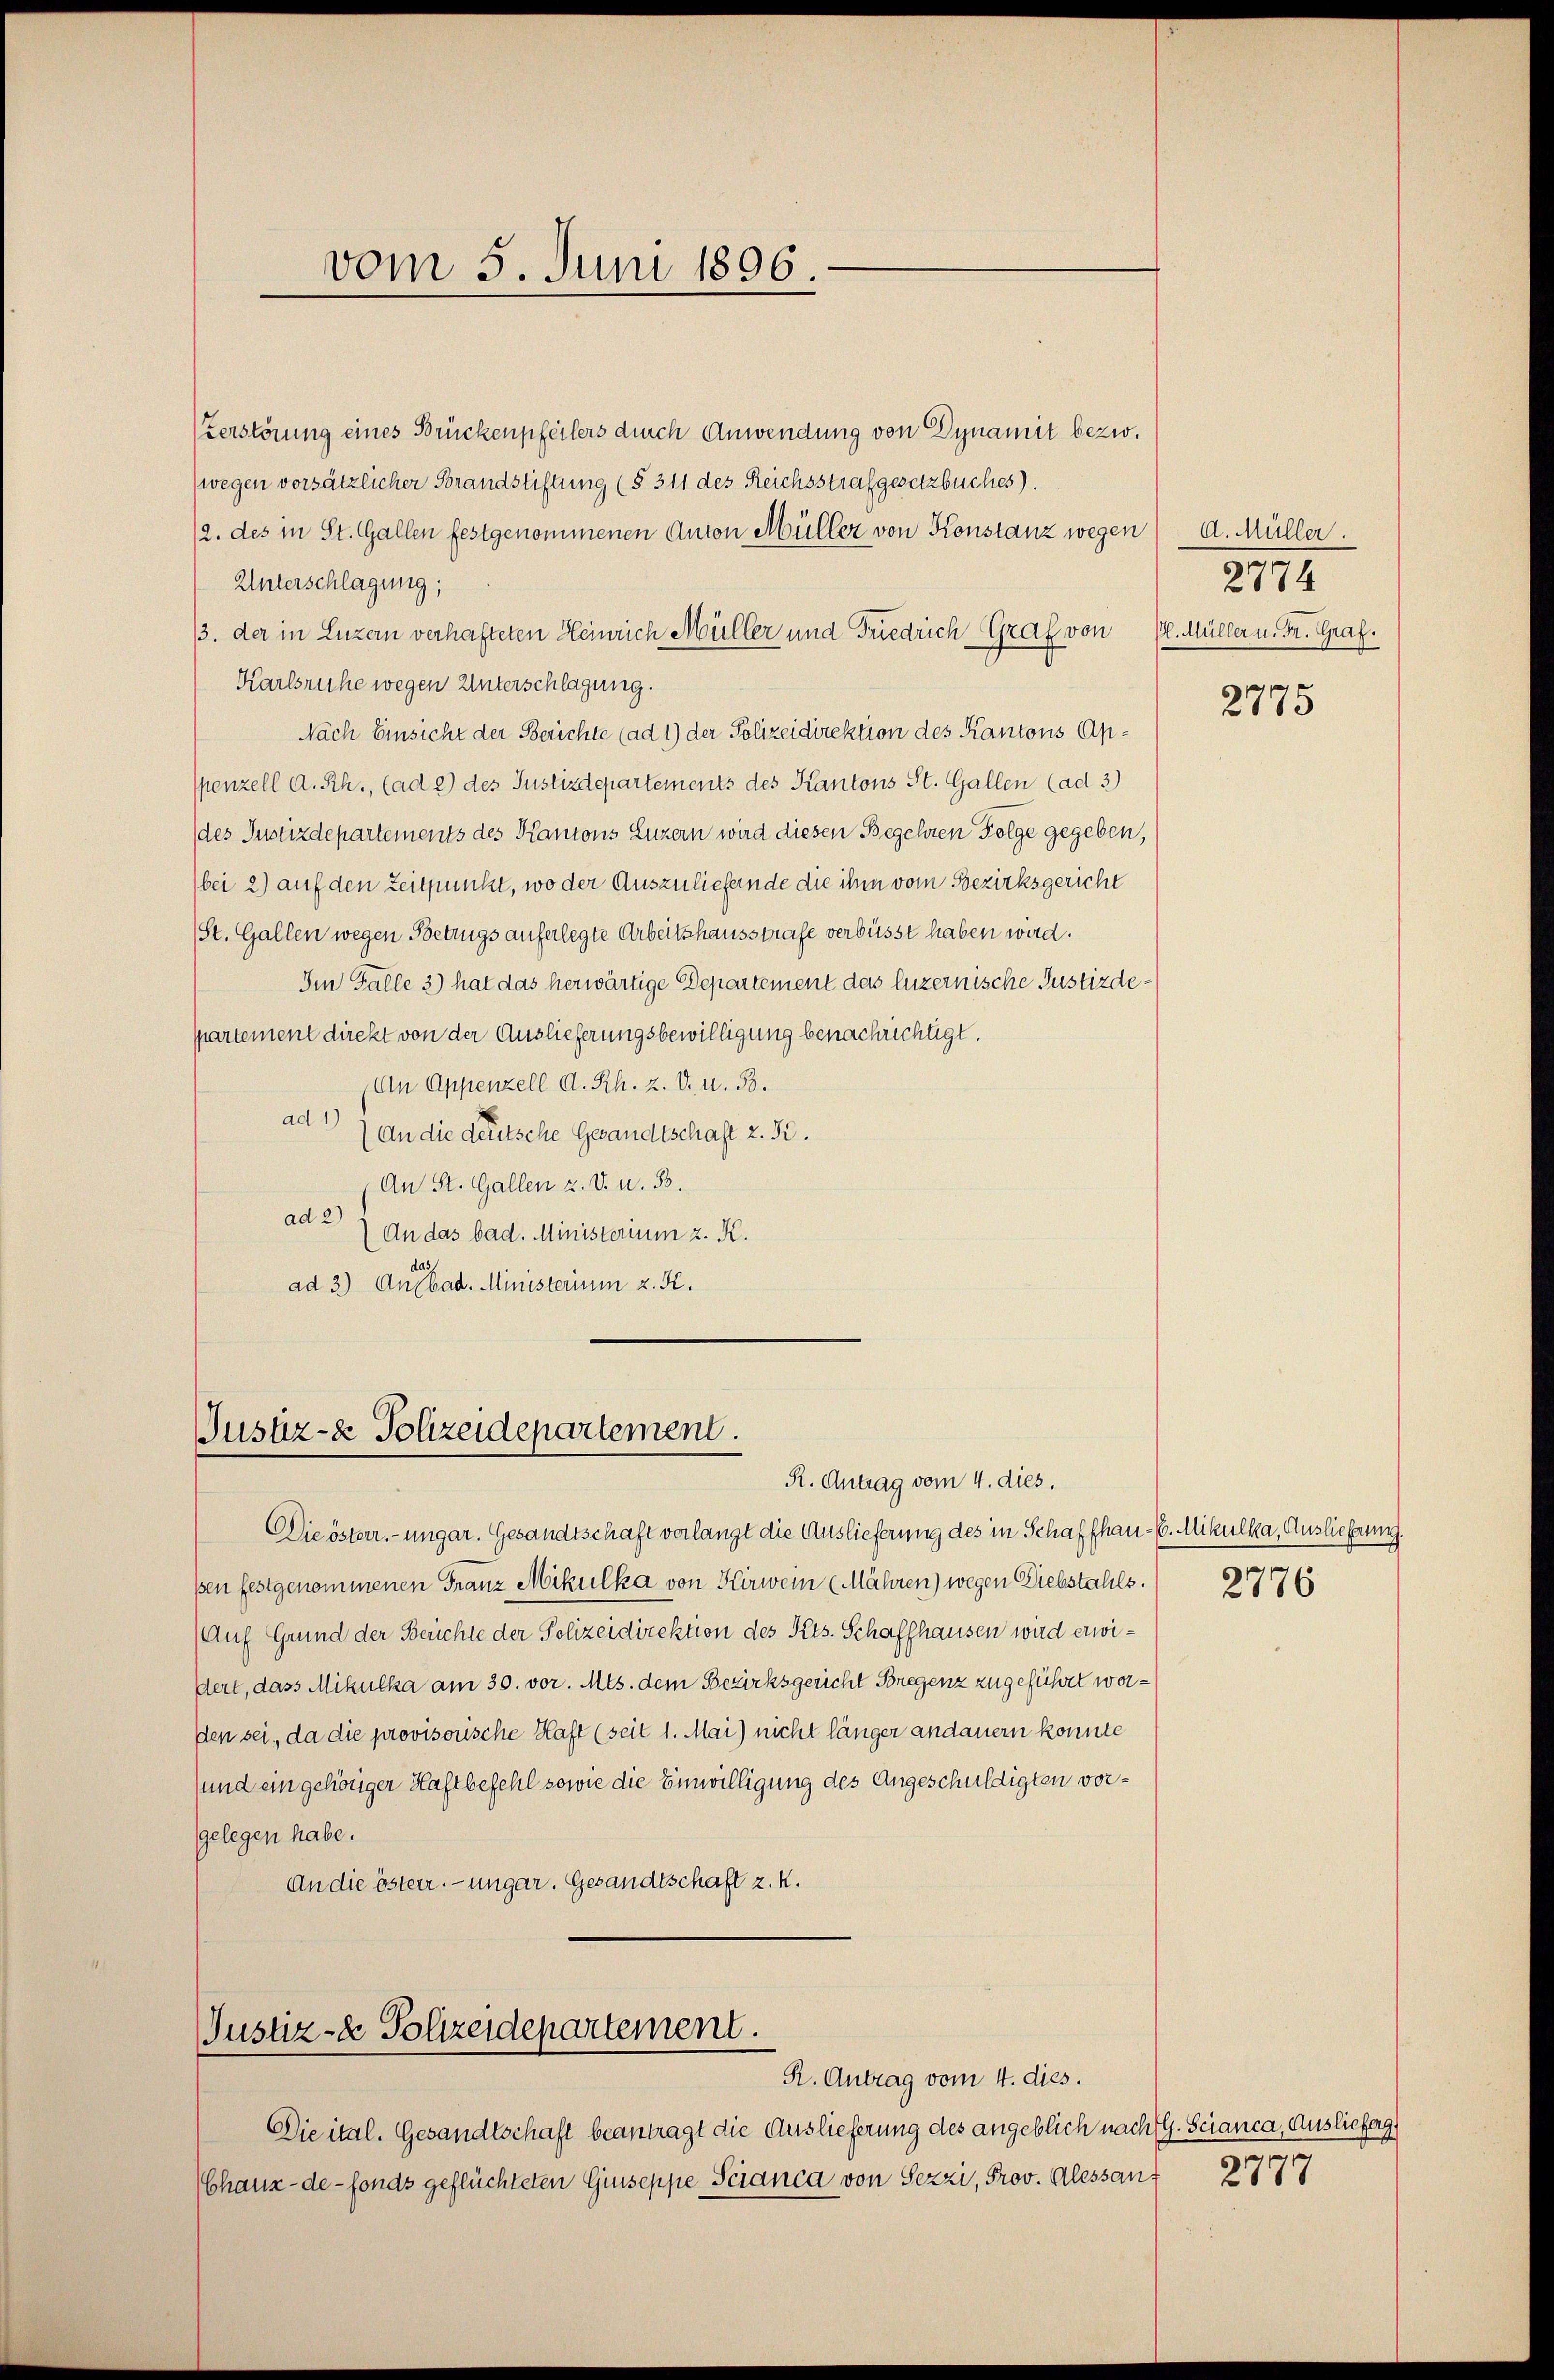
vom 5. Juni 1896

zerstörung eines Brückenpfeilers durch Anwendung von Dynamit bezw.
(wegen vorsätzlicher Brandstiftung (§ 311 des Reichsstrafgesetzbuches).
12. des in St. Gallen festgenommenen Anton Müller von Konstanz wegen d. Müller.
Unterschlagung,
13. der in Luzern verhafteten Heinrich Müller und Friedrich Graf von 12. Müller u. Fr. Graf.
Karlsruhe wegen Unterschlagung.
Nach Einsicht der Berichte (ad 1) der Polizeidirektion des Kantons Apspenzell A.Rh., (ad 2) des Justizdepartements des Kantons St. Gallen (ad 3)
(des Justizdepartements des Kantons Luzern wird diesen Begehren Folge gegeben,
(bei 2) auf den Zeitpunkt, wo der Auszuliefende die ihm vom Bezirksgericht
(St. Gallen wegen Betrugs auferlegte Arbeitshausstrafe verbüsst haben wird.
Im Falle 3) hat das herwärtige Departement das luzernische Justizdeppartement direkt von der Auslieferungsbewilligung benachrichtigt.
(An Appenzell A. Rh. Z. V. u. B.
ad) an die deutsche Gesandtschaft z. B.
An St. Gallen z. V. u. 50.
ad 2)
An das bad. Ministerium z. K.
da
ad 3) Aufbad. Ministerium z. K.

Justiz- & Polizeidepartement.
R. Antrag vom 4. dies.

Justiz- & Polizeidepartement.
R. Antrag vom 4. dies.

2774

Die österr.-ungar. Gesandtschaft verlangt die Auslieferung des in Schaffhau-C. Mikulka, Auslieferung.
pen festgenommenen Franz Mikulka von Kirwein (Mähren) wegen Diebstahls.
Auf Grund der Berichte der Polizeidirektion des Kts. Schaffhausen wird erwidert, dass Mikulka am 30. vor. Mts. dem Bezirksgericht Bregenz zugeführt wordlen sei, da die provisorische Haft (seit 1. Mai) nicht länger andauern konnte
und ein gehöriger Haftbefehl sowie die Einwilligung des Angeschuldigten vorgelegen habe.
An die österr. ungar. Gesandtschaft z. K.

Die ital. Gesandtschaft beantragt die Auslieferung des angeblich nach G. Scianca, Auslieferg
Chaux-de-Fonds geflüchteten Giuseppe Scianca von Sezzi, Prov. Alessan¬

2775

2776

2777